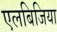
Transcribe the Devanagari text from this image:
एलबिजिया